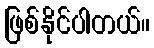
ဖြစ်နိုင်ပါတယ်။